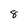
Character: 8